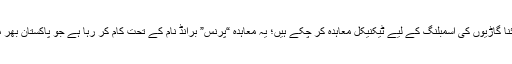
یہ بات قابلِ ذکر ہے کہ ریگل آٹوموبائلز اور DFSK گروپ آف چائنا گاڑیوں کی اسمبلنگ کے لیے ٹیکنیکل معاہدہ کر چکے ہیں؛ یہ معاہدہ “پرنس” برانڈ نام کے تحت کام کر رہا ہے جو پاکستان بھر میں 3s ڈیلرشپس کے ذریعے پہلے ہی LCVs فروخت کر رہا ہے۔